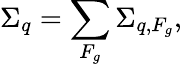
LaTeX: \Sigma_{q}=\sum_{F_{g}}\Sigma_{q,F_{g}},